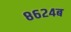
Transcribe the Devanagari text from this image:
८६२४ब